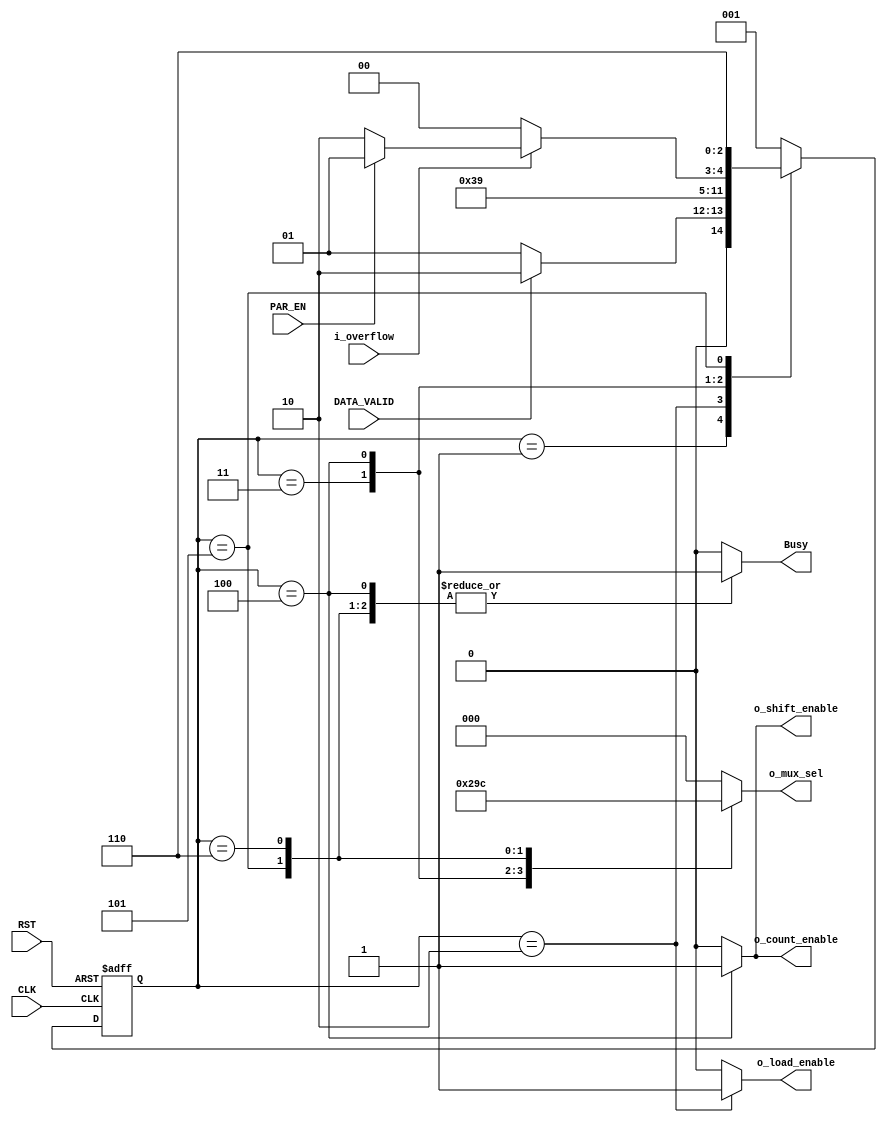
module control_unit 
(
    output  reg    [2:0]   o_mux_sel,
    output  reg            o_load_enable,
    output  reg            o_shift_enable,
    output  reg            Busy,
    output  reg            o_count_enable,
    input   wire            i_overflow,
    input   wire            PAR_EN,
    input   wire            DATA_VALID,
    input   wire            CLK,RST

);

    reg [2:0]   current_state;
    reg [2:0]   next_state;

    localparam  [2:0]   IDLE    = 3'b001,
                        LOAD    = 3'b010,
                        START   = 3'b011,
                        DATA    = 3'b100,
                        PARITY  = 3'b101,
                        STOP    = 3'b110;

always@(posedge CLK or negedge RST)
    begin
        if(!RST)
            current_state<=IDLE;
        else
            current_state<=next_state;
    end


always@(*)
    begin
        case (current_state)

        IDLE: 
            begin
                if (DATA_VALID)
                    next_state<=LOAD;
                else 
                    next_state<=IDLE;
            end
        
        LOAD:
            begin
                next_state<=START;
            end

        START:
            begin
                next_state<=DATA;
            end

        DATA:
            begin
                if (i_overflow)
                    next_state<=(PAR_EN)?PARITY : STOP;
                else
                    next_state<=DATA;
            end         

        PARITY:
            begin
                next_state<=STOP;
            end

        STOP:
            begin
                next_state<=IDLE;
            end

        default: next_state<= IDLE;
        endcase
    end

always@(*)
    begin
        case (current_state)

        IDLE: 
            begin
                o_load_enable<=1'b0;
                Busy<=1'b0;
                o_shift_enable<=1'b0;
                o_mux_sel<=3'b000;
                o_count_enable<=1'b0;
            
            end

        LOAD: 
            begin
                o_load_enable<=1'b1;
                Busy<=1'b0;
                o_shift_enable<=1'b0;
                o_mux_sel<=3'b000;
                o_count_enable<=1'b0;

            end

        START: 
            begin
                o_load_enable<=1'b0;
                Busy<=1'b1;
                o_shift_enable<=1'b0;
                o_mux_sel<=3'b001;
                o_count_enable<=1'b0;

            end

        DATA: 
            begin
                o_load_enable<=1'b0;
                Busy<=1'b1;
                o_shift_enable<=1'b1;
                o_mux_sel<=3'b010;
                o_count_enable<=1'b1;

            end

        PARITY: 
            begin
                o_load_enable<=1'b0;
                Busy<=1'b1;
                o_shift_enable<=1'b0;
                o_mux_sel<=3'b011;
                o_count_enable<=1'b0;
            end
        STOP: 
            begin
                o_load_enable<=1'b0;
                Busy<=1'b1;
                o_shift_enable<=1'b0;
                o_mux_sel<=3'b100;
                o_count_enable<=1'b0;

            end
        default : 
            begin
                o_load_enable<=1'b0;
                Busy<=1'b0;
                o_shift_enable<=1'b0;
                o_mux_sel<=3'b000;
                o_count_enable<=1'b0;
            end
        endcase
    end
endmodule